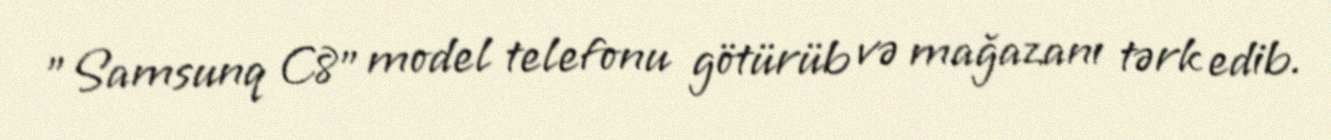
"Samsunq C8" model telefonu götürüb və mağazanı tərk edib.